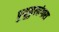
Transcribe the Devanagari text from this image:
पुथूकुलांगारा